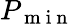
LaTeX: P_{\mathrm{~m~i~n~}}